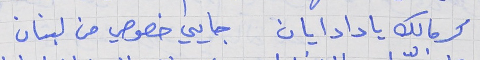
كرمالك يا دادايان      جايي خصوصي من لبنان